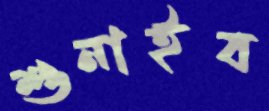
শুনাইব